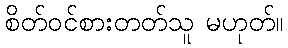
စိတ်ဝင်စားတတ်သူ မဟုတ်။